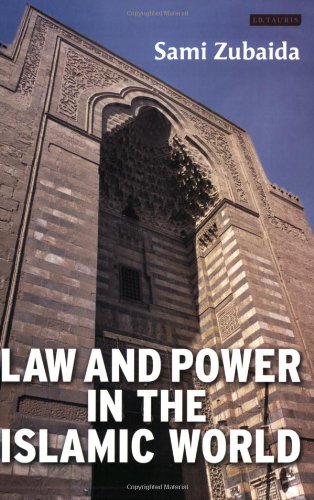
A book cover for Law and Power in the Islamic World (Library of Modern Middle East Studies); Sami Zubaida; Religion & Spirituality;